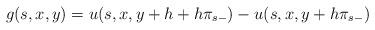
LaTeX: \begin{align*}g(s,x,y)=u(s,x,y+h+h\pi_{s-})-u(s,x,y+h\pi_{s-}) \end{align*}